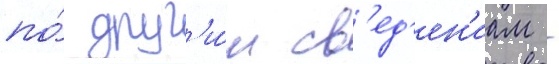
по́ друг'и́м св'ед'ен'иам -